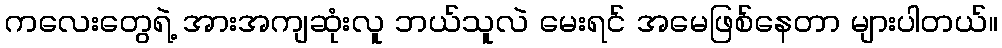
ကလေးတွေရဲ့ အားအကျဆုံးလူ ဘယ်သူလဲ မေးရင် အမေဖြစ်နေတာ များပါတယ်။